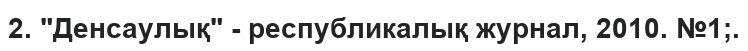
2. "Денсаулық" - республикалық журнал, 2010. №1;.